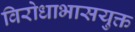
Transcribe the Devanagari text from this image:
विरोधाभासयुक्त